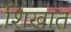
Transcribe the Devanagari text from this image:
शिखात